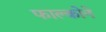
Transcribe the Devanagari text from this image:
फाल्कोने